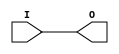
///////////////////////////////////////////////////////////////////////////////
// Copyright (c) 1995/2004 Xilinx, Inc.
// All Right Reserved.
///////////////////////////////////////////////////////////////////////////////
//   ____  ____
//  /   /\/   /
// /___/  \  /    Vendor : Xilinx
// \   \   \/     Version : 10.1
//  \   \         Description : Xilinx Functional Simulation Library Component
//  /   /                  General Purpose Buffer
// /___/   /\     Filename : BUF.v
// \   \  /  \    Timestamp : Thu Mar 25 16:42:13 PST 2004
//  \___\/\___\
//
// Revision:
//    03/23/04 - Initial version.
//    05/23/07 - Changed timescale to 1 ps / 1 ps.
//    12/13/11 - Added `celldefine and `endcelldefine (CR 524859).
// End Revision

`timescale  1 ps / 1 ps


`celldefine

module BUF (O, I);


`ifdef XIL_TIMING

    parameter LOC = "UNPLACED";

`endif

    output O;
    input I;
    
    buf B1 (O, I);

`ifdef XIL_TIMING

    specify

	(I => O) = (0:0:0, 0:0:0);
	specparam PATHPULSE$ = 0;
	
    endspecify

`endif
    
endmodule

`endcelldefine